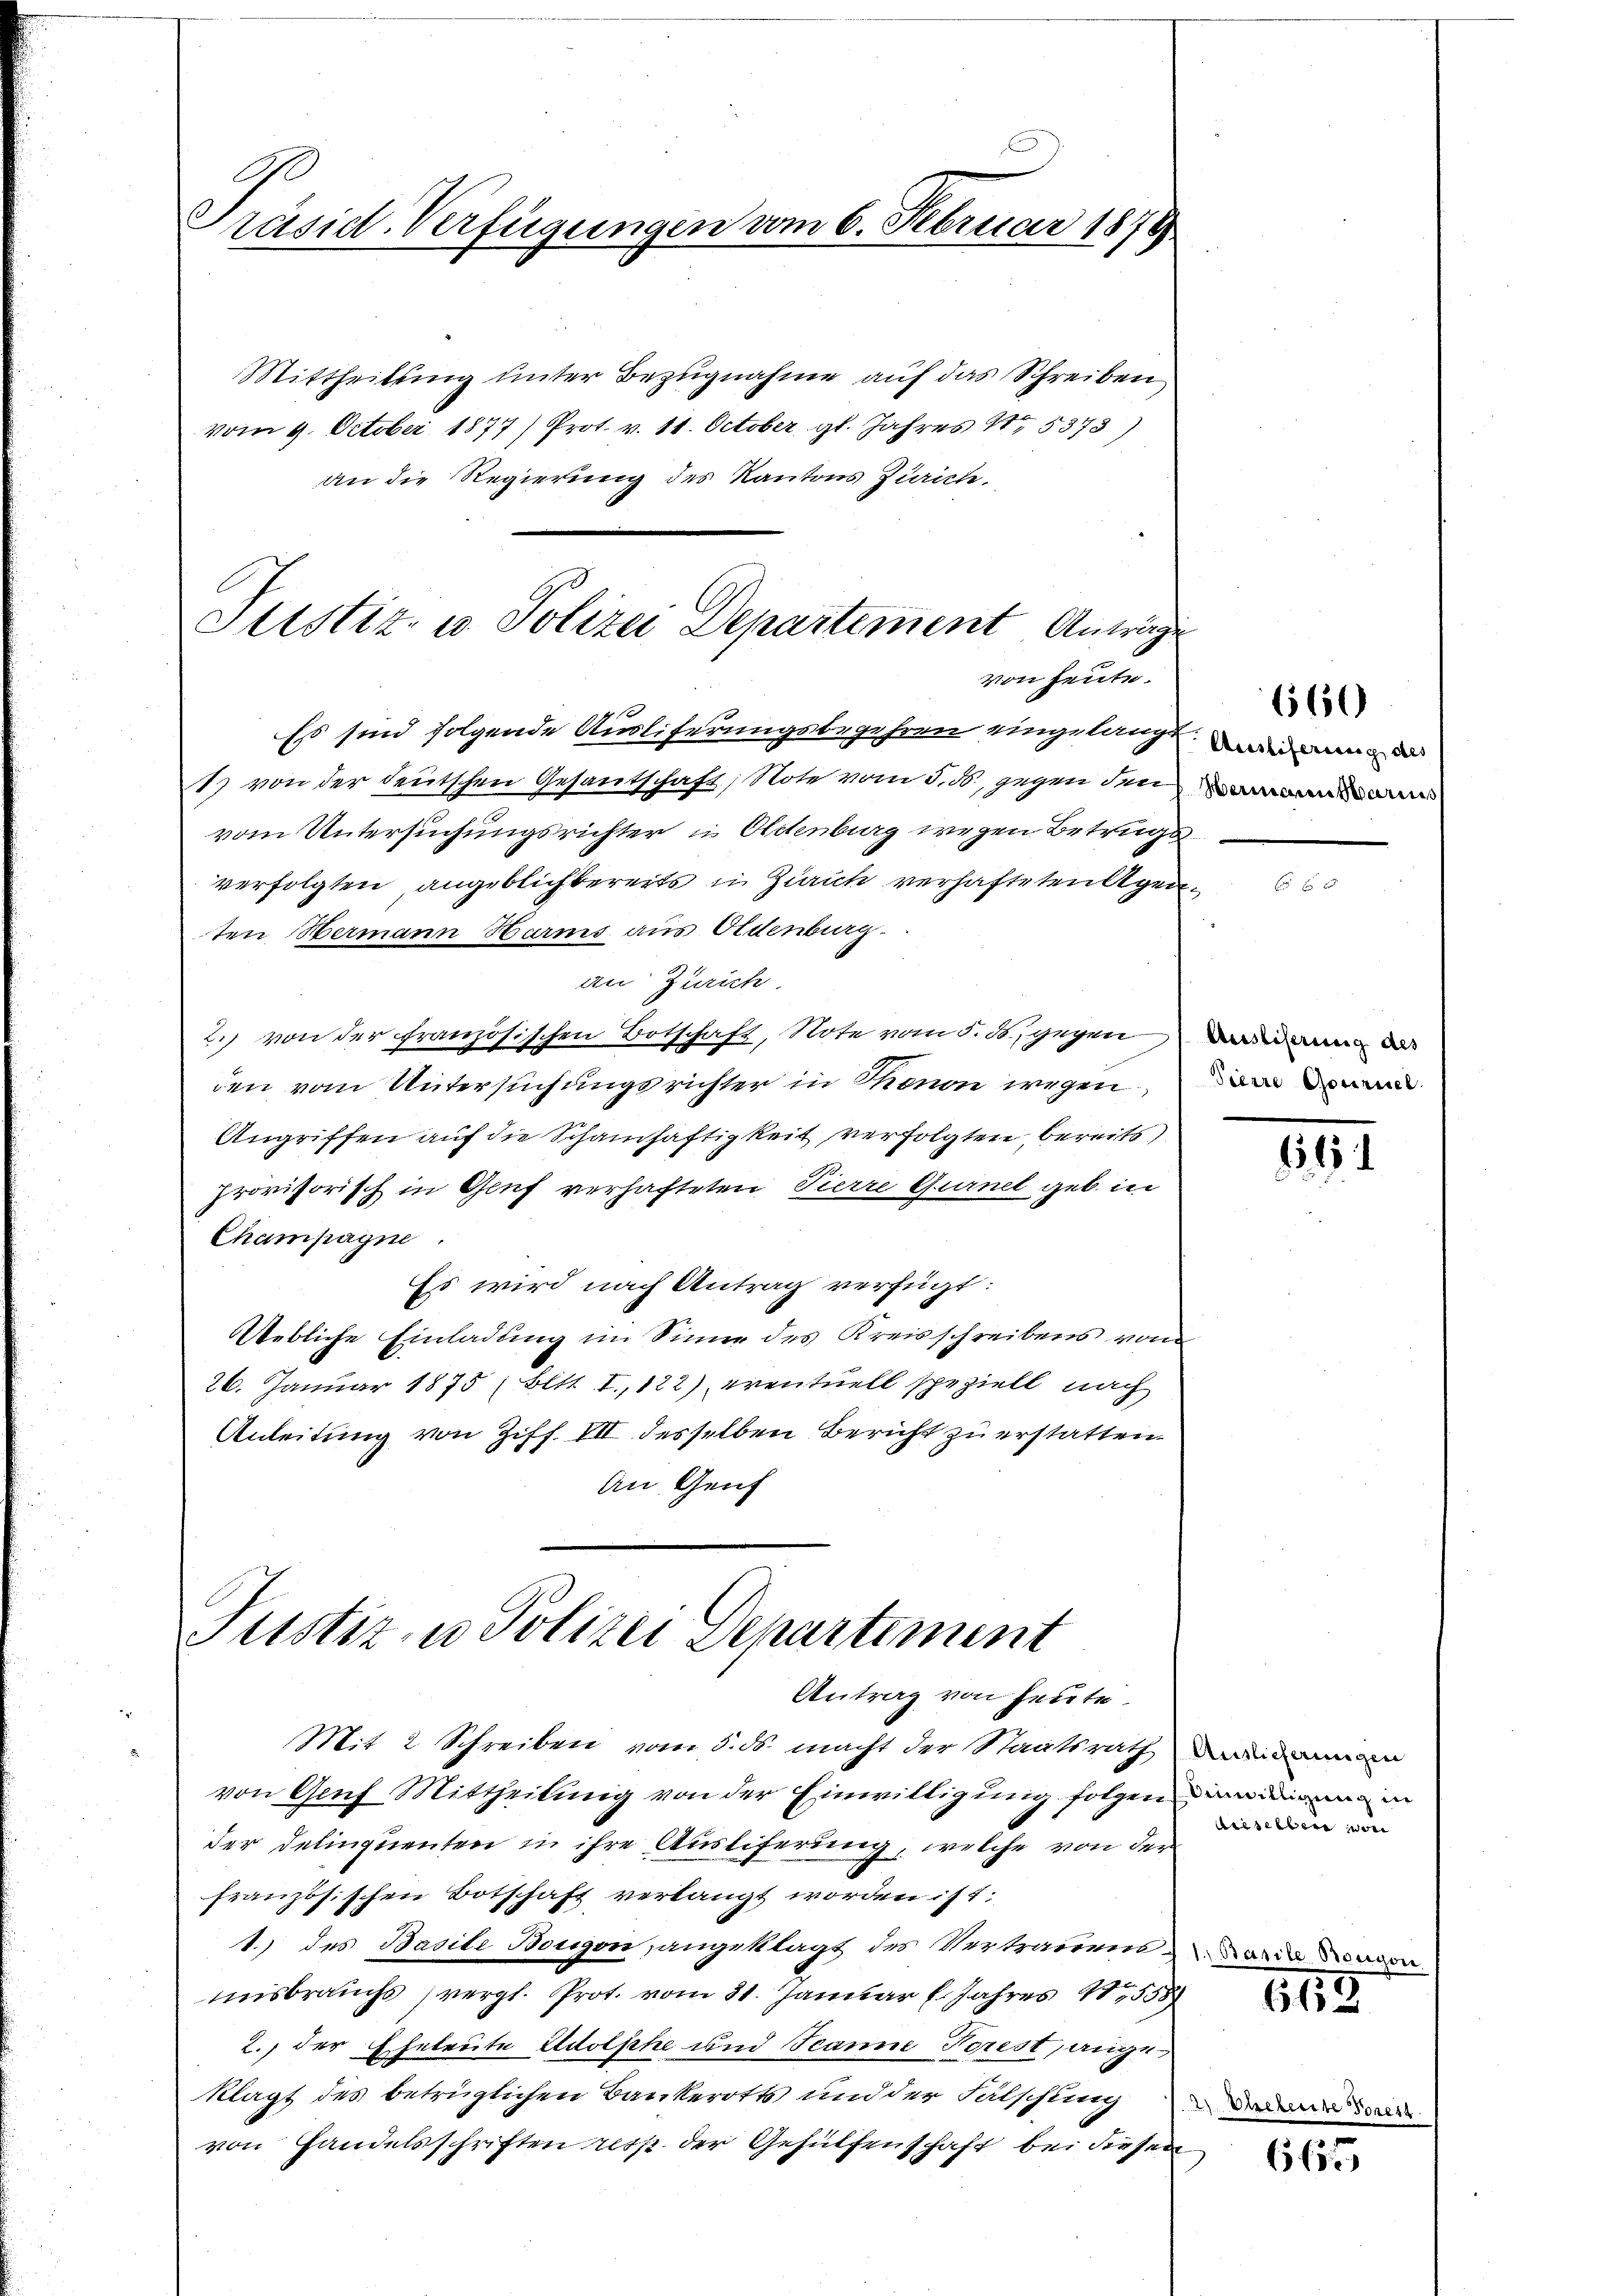
G
Präsid. Verfügungen vom 6. Februar 1878
Mittheilung unter Bezugnahme auf das Schreiben
vom 9. October 1877) Prot. v. 11. October gl. Jahres 15373)

an die Regierung des Kantons Zürich.

Justiz- u Polizei Departement Anträge
von heute.

Ess sind folgende Ausliferungsbegehren eingelangt. Wiederung da
1) von der deutschen Gesandtschaft; Note vom 5. ds., gegen den
vom Untersuchungsrichter in Oldenburg wegen Betrugs
verfolgten angeblichbereits in Zürich verhafteten Agen
ten Hermann Harms aus Oldenburg.
an Zürich.
2. von der französischen Botschaft, Note vom 5. ds. gegen
den vom Untersuchungsrichter in Thonon wegen
Angriffen auf die Schamhaftigkeit verfolgten, bereits)
provisorisch in Genf verhafteten Pierre Gurnel geb. in
Champagne
Es wird nach Antrag verfügt:
Uebliche Einladung im Sinne des Kreisschreibens vom
26. Januar 1875; Bett. I., 122) eventuell speziell nach
Anleitung von Ziff. VII desselben Bericht zu erstatten.
An Genf

Justiz- u Polizei Departement
Antrag von heute.

Hermann Mari

2

Mit 2 Schreiben vom 3. ds. macht der Staatsrath Bandamman
von Genf Mittheilung von der Einwilligung folgendiuidirung in
der Delinquenten in ihre Ausliferung, welche von der
französischen Botschaft verlangt worden ist:
1.) des Basite Bougen, angeklagt des Vertrauensamer
misbrauchs vergl. Prot. vom 31. Januar l. Jahres 1558
2., der Eheleute Adolphe und Jeanne Porest, angeklagt des betrüglichen Bankerotts und der Falschling
von Handelsschriften resp. der Gehülfenschaft bei diesen

6560

Ausliserung des
Pierre Gorsziel

6

dieselben wor

163

6655